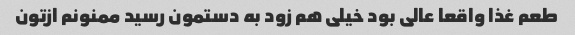
طعم غذا واقعا عالی بود خیلی هم زود به دستمون رسید ممنونم ازتون